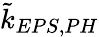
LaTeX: \tilde{k}_{EPS,PH}